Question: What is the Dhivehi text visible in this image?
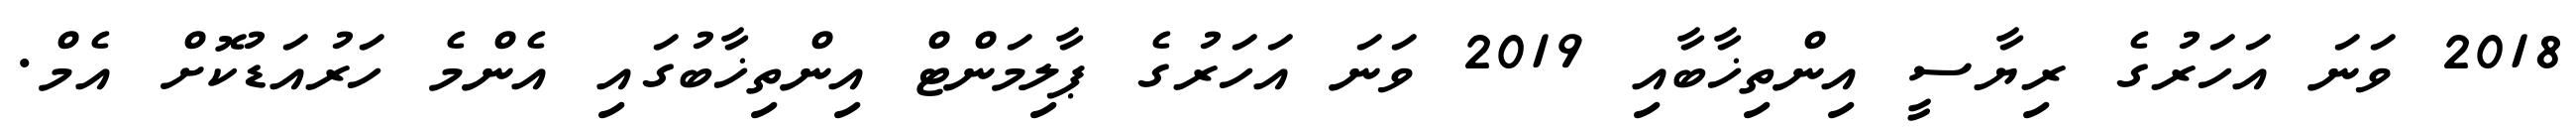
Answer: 2018 ވަނަ އަހަރުގެ ރިޔާސީ އިންތިޚާބާއި 2019 ވަނަ އަހަރުގެ ޕާލިމަންޓް އިންތިޚާބުގައި އެންމެ ހަރުއަޑުކޮށް އެމް.